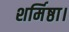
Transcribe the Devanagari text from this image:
शर्मिष्ठा।